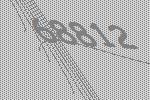
68812